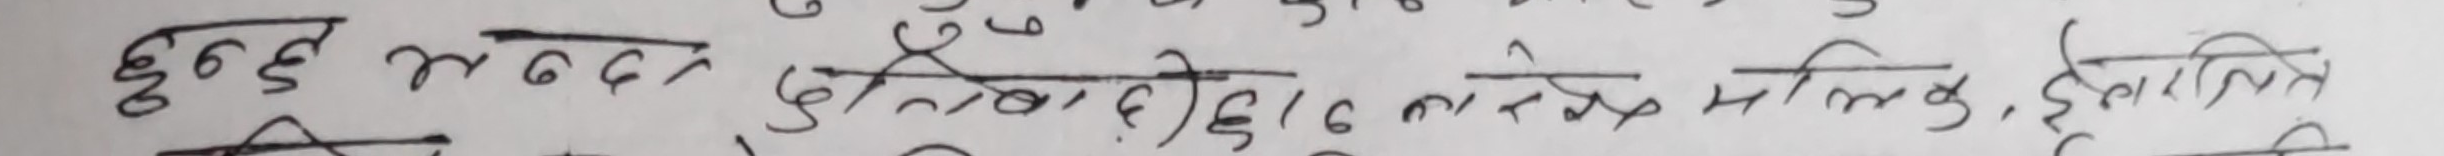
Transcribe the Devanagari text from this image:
दुई सय ६ १६ लाख मलिक इलाजित